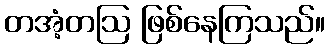
တအံ့တဩ ဖြစ်နေကြသည်။